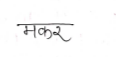
मजकूर: मकर